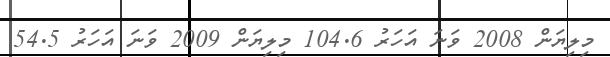
މިލިޔަން 2008 ވަނަ އަހަރު 104.6 މިލިޔަން 2009 ވަނަ އަހަރު 54.5